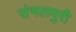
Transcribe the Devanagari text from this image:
संभलपुरी